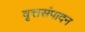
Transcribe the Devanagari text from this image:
वृत्तसंपादन